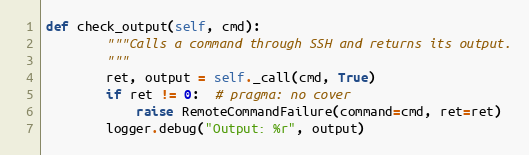
Language: Python
def check_output(self, cmd):
        """Calls a command through SSH and returns its output.
        """
        ret, output = self._call(cmd, True)
        if ret != 0:  # pragma: no cover
            raise RemoteCommandFailure(command=cmd, ret=ret)
        logger.debug("Output: %r", output)